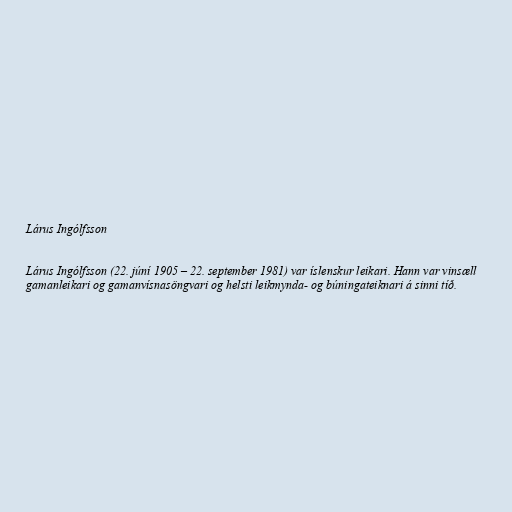
Lárus Ingólfsson

Lárus Ingólfsson (22. júní 1905 – 22. september 1981) var íslenskur leikari. Hann var vinsæll
gamanleikari og gamanvísnasöngvari og helsti leikmynda- og búningateiknari á sinni tíð.